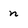
Character: n